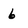
Character: 6